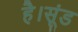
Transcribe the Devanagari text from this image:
है।सूंड